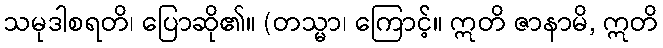
သမုဒါစရတိ၊ ပြောဆို၏။ (တသ္မာ၊ ကြောင့်။ ဣတိ ဇာနာမိ, ဣတိ